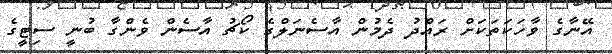
އޭނާގެ ވާހަކަތަކަށް ރައްދު ދެމުން އާސެނަލްގެ ކޯޗު އާސެން ވެންގާ ބުނީ ސިޓީގެ